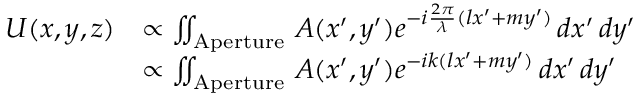
{ \begin{array} { r l } { U ( x , y , z ) } & { \propto \iint _ { \mathrm { A p e r t u r e } } \, A ( x ^ { \prime } , y ^ { \prime } ) e ^ { - i { \frac { 2 \pi } { \lambda } } ( l x ^ { \prime } + m y ^ { \prime } ) } \, d x ^ { \prime } \, d y ^ { \prime } } \\ & { \propto \iint _ { \mathrm { A p e r t u r e } } \, A ( x ^ { \prime } , y ^ { \prime } ) e ^ { - i k ( l x ^ { \prime } + m y ^ { \prime } ) } \, d x ^ { \prime } \, d y ^ { \prime } } \end{array} }